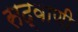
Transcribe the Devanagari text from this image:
सद्वाणी